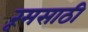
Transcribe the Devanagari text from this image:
रूमसाठी